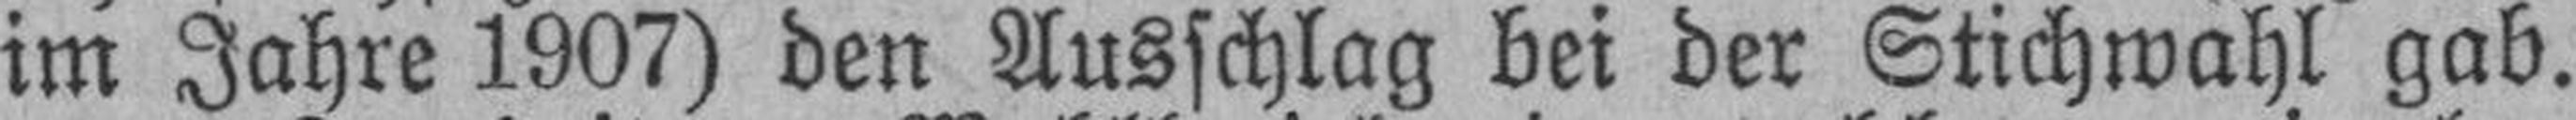
im Jahre 1907) den Ausschlag bei der Stichwahl gab.